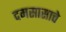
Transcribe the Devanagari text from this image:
दमसासाचे